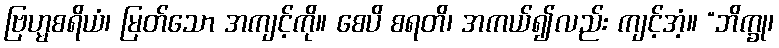
ဗြဟ္မစရိယံ၊ မြတ်သော အကျင့်ကို။ စေပိ စရတိ၊ အကယ်၍လည်း ကျင့်အံ့။ “ဘိက္ခု၊